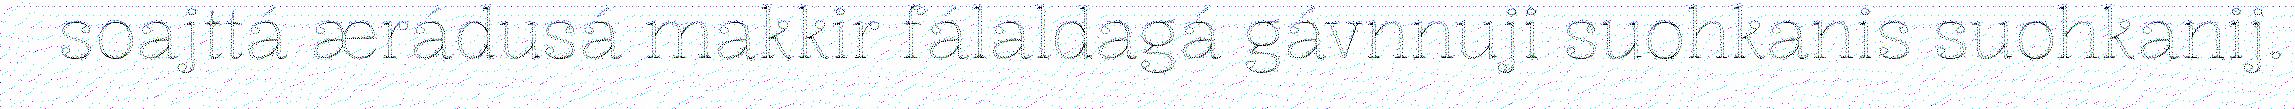
soajttá ærádusá makkir fálaldagá gávnnuji suohkanis suohkanij.